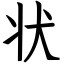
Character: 状